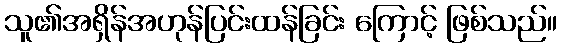
သူ၏အရှိန်အဟုန်ပြင်းထန်ခြင်း ကြောင့် ဖြစ်သည်။